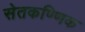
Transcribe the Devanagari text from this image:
सेतकण्णिक